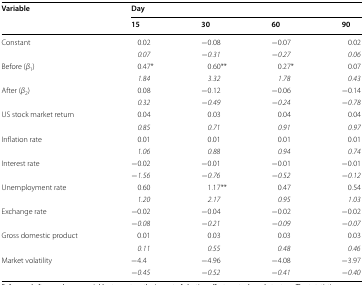
<table><thead><tr><td rowspan="2"><b>Variable</b></td><td colspan="4"><b>Day</b></td></tr><tr><td><b>15</b></td><td><b>30</b></td><td><b>60</b></td><td><b>90</b></td></tr></thead><tbody><tr><td rowspan="2">Constant</td><td>0.02</td><td>−0.08</td><td>−0.07</td><td>0.02</td></tr><tr><td><i>0.07</i></td><td>−<i>0.31</i></td><td>−<i>0.27</i></td><td><i>0.06</i></td></tr><tr><td rowspan="2">Before (<i>β</i><sub>1</sub>)</td><td>0.47*</td><td>0.60**</td><td>0.27*</td><td>0.07</td></tr><tr><td><i>1.84</i></td><td><i>3.32</i></td><td><i>1.78</i></td><td><i>0.43</i></td></tr><tr><td rowspan="2">After (<i>β</i><sub>2</sub>)</td><td>0.08</td><td>−0.12</td><td>−0.06</td><td>−0.14</td></tr><tr><td><i>0.32</i></td><td>−<i>0.49</i></td><td>−<i>0.24</i></td><td>−<i>0.78</i></td></tr><tr><td rowspan="2">US stock market return</td><td>0.04</td><td>0.03</td><td>0.04</td><td>0.04</td></tr><tr><td><i>0.85</i></td><td><i>0.71</i></td><td><i>0.91</i></td><td><i>0.97</i></td></tr><tr><td rowspan="2">Inflation rate</td><td>0.01</td><td>0.01</td><td>0.01</td><td>0.01</td></tr><tr><td><i>1.06</i></td><td><i>0.88</i></td><td><i>0.94</i></td><td><i>0.74</i></td></tr><tr><td rowspan="2">Interest rate</td><td>−0.02</td><td>−0.01</td><td>−0.01</td><td>−0.01</td></tr><tr><td>−<i>1.56</i></td><td>−<i>0.76</i></td><td>−<i>0.52</i></td><td>−<i>0.12</i></td></tr><tr><td rowspan="2">Unemployment rate</td><td>0.60</td><td>1.17**</td><td>0.47</td><td>0.54</td></tr><tr><td><i>1.20</i></td><td><i>2.17</i></td><td><i>0.95</i></td><td><i>1.03</i></td></tr><tr><td rowspan="2">Exchange rate</td><td>−0.02</td><td>−0.04</td><td>−0.02</td><td>−0.02</td></tr><tr><td>−<i>0.08</i></td><td>−<i>0.21</i></td><td>−<i>0.09</i></td><td>−<i>0.07</i></td></tr><tr><td rowspan="2">Gross domestic product</td><td>0.01</td><td>0.03</td><td>0.03</td><td>0.03</td></tr><tr><td><i>0.11</i></td><td><i>0.55</i></td><td><i>0.48</i></td><td><i>0.46</i></td></tr><tr><td rowspan="2">Market volatility</td><td>−4.4</td><td>−4.96</td><td>−4.08</td><td>−3.97</td></tr><tr><td>−<i>0.45</i></td><td>−<i>0.52</i></td><td>−<i>0.41</i></td><td>−<i>0.40</i></td></tr></tbody></table>